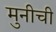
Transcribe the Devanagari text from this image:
मुनीची